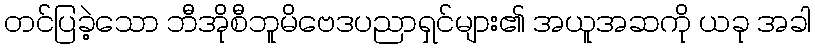
တင်ပြခဲ့သော ဘီအိုစီဘူမိဗေဒပညာရှင်များ၏ အယူအဆကို ယခု အခါ